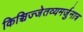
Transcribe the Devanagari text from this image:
किञ्चिज्जेतव्यमर्जुनात्र